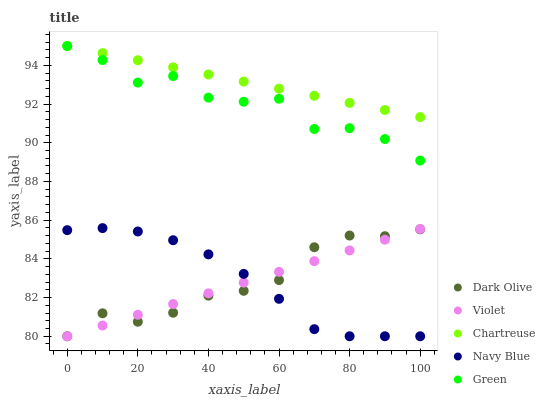
| xaxis_label | Dark Olive | Violet | Chartreuse | Navy Blue | Green |
 | --- | --- | --- | --- | --- | --- |
 | 0 | 80 | 80 | 95 | 85.5 | 95 |
 | 10 | 81.2 | 80.6 | 94.6 | 85.6 | 94.3 |
 | 20 | 80.8 | 81.1 | 94.3 | 85.4 | 93.1 |
 | 30 | 81.2 | 81.7 | 93.9 | 85 | 93.4 |
 | 40 | 82.1 | 82.2 | 93.5 | 84.2 | 92.3 |
 | 50 | 82.3 | 82.8 | 93.2 | 83.2 | 92.1 |
 | 60 | 82.9 | 83.3 | 92.8 | 81.9 | 92.3 |
 | 70 | 84.6 | 83.9 | 92.4 | 80.4 | 90.7 |
 | 80 | 85.2 | 84.4 | 92.1 | 80 | 90.8 |
 | 90 | 85.2 | 85 | 91.7 | 80 | 90.2 |
 | 100 | 85.5 | 85.5 | 91.3 | 80 | 89.1 |